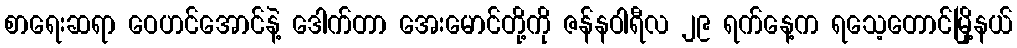
စာရေးဆရာ ဝေဟင်အောင်နဲ့ ဒေါက်တာ အေးမောင်တို့ကို ဇန်နဝါရီလ ၂၉ ရက်နေ့က ရသေ့တောင်မြို့နယ်